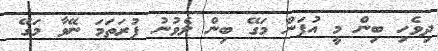
ދިވެހި ބިން މީ އުފަން މަގޭ ބިން ލެވުނު ފުރަަތަމަ ނޭވާ މަގޭ